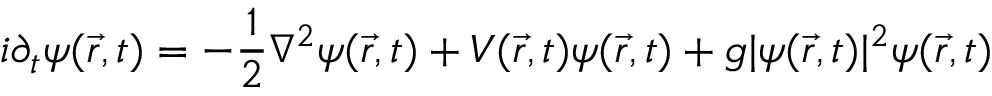
i \partial _ { t } \psi ( \vec { r } , t ) = - \frac { 1 } { 2 } \nabla ^ { 2 } \psi ( \vec { r } , t ) + V ( \vec { r } , t ) \psi ( \vec { r } , t ) + g | \psi ( \vec { r } , t ) | ^ { 2 } \psi ( \vec { r } , t )